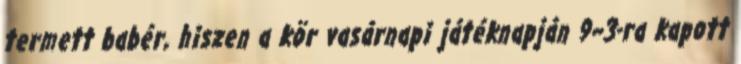
termett babér, hiszen a kör vasárnapi játéknapján 9–3-ra kapott